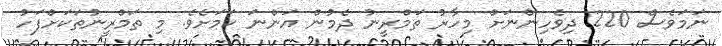
ނަމަވެސް 220 ދިވެހިންނަށް މިހާރު ތަމްރީނު ދެމުން އަންނަ ކަމަށެވެ. މި ތަމްރީނުތަކަށްފަހު